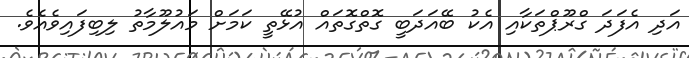
އަދި އެފަދަ ގްރޫޕްތަކާއި އެކު ބޭއަދަބީ ގޮތްގޮތައް އުޅޭތީ ކަމަށް މައުލޫމާތު ލިބިފައިވެއެވެ.